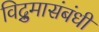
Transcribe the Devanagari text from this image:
विद्रुमासंबंधी